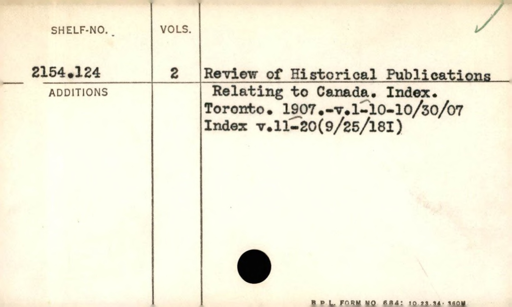
Label: content